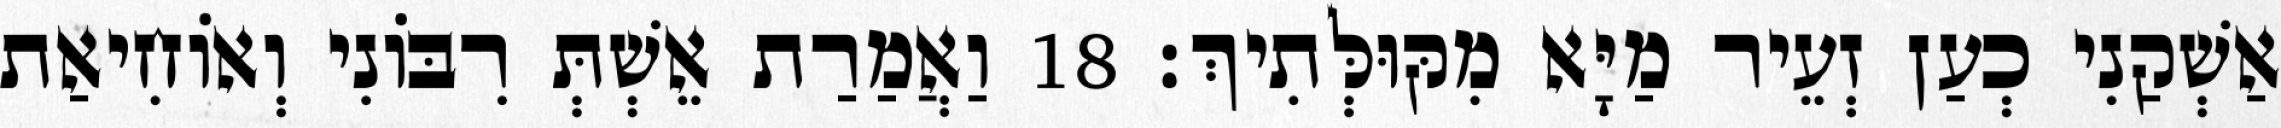
אַשְׁקַנִי כְעַן זְעֵיר מַיָּא מִקּוּלְּתִיךְ׃ 18 וַאֲמַרַת אֵשְׁתְּ רִבּוֹנִי וְאוֹחִיאַת